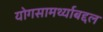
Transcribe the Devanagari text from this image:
योगसामर्थ्याबद्दल